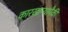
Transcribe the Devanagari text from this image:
कारखान्यापैकी